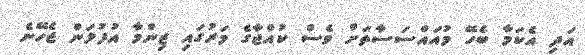
އަދި އެކަމާ ބެހޭ މުއައްސަސާތަށް ވެސް ކުއްޖާގެ މަރުގައި ޒިންމާ އުފުލަން ޖެހޭނެ